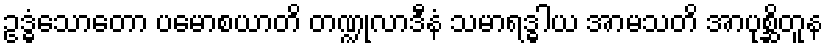
ဥဒ္ဓံသောတော ပမောစယာတိ တဏ္ဍုလာဒီနံ သမာရဒ္ဓါယ အာမသတိ အာပုစ္ဆိတူန